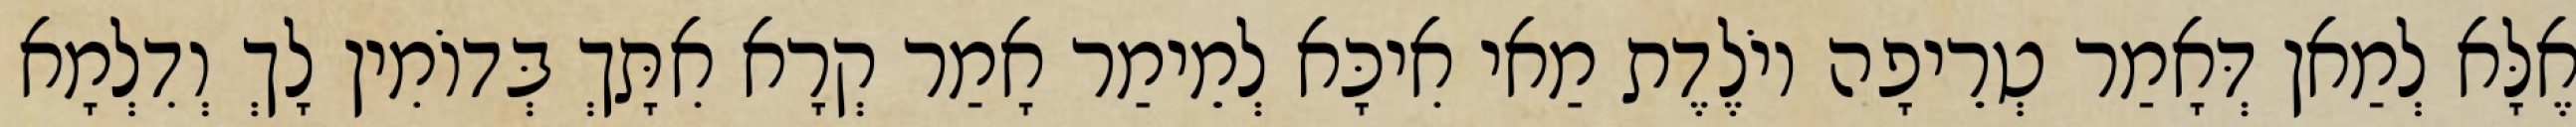
אֶלָּא לְמַאן דְּאָמַר טְרֵיפָה יוֹלֶדֶת מַאי אִיכָּא לְמֵימַר אָמַר קְרָא אִתָּךְ בְּדוֹמִין לָךְ וְדִלְמָא